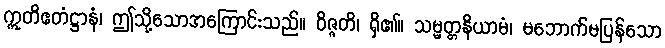
ဣတိဧတံဋ္ဌာနံ၊ ဤသို့သောအကြောင်းသည်။ ဝိဇ္ဇတိ၊ ရှိ၏။ သမ္မတ္တနိယာမံ၊ မဘောက်မပြန်သော